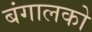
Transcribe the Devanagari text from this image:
बंगालको